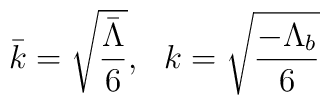
\bar k=\sqrt{\frac{\bar\Lambda}{6}},\ \ k=\sqrt{\frac{-\Lambda_b}{6}}